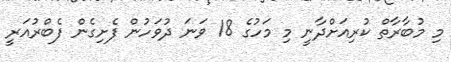
މި މުބާރާތް ކުރިއަށްދާނީ މި މަހުގެ 18 ވަނަ ދުވަހުން ފެށިގެން ފެބްރުއަރީ